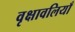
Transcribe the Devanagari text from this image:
वृक्षावलियाँ